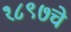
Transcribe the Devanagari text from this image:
१८९७चे